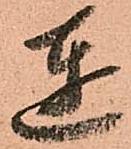
達